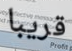
قريبا